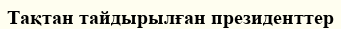
Тақтан тайдырылған президенттер